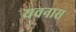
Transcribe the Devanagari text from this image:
यवनास